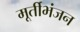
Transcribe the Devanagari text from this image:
मूर्तीभंजन